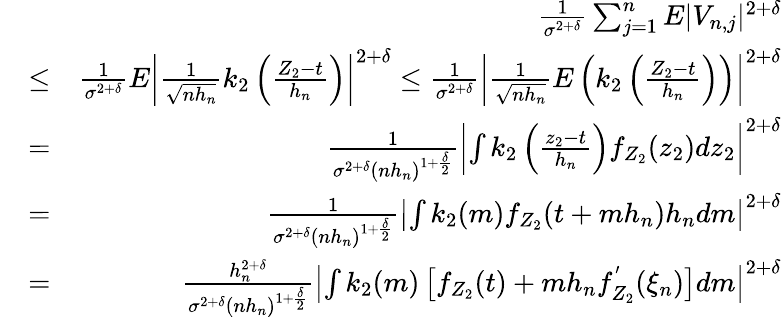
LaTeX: \begin{array}{rlr}&{}&{\frac{1}{\sigma^{2+\delta}}\sum_{j=1}^{n}E|V_{n,j}|^{2+\delta}}\\ &{\leq}&{\frac{1}{\sigma^{2+\delta}}E\left|\frac{1}{\sqrt{nh_{n}}}k_{2}\left(\frac{Z_{2}-t}{h_{n}}\right)\right|^{2+\delta}\leq\frac{1}{\sigma^{2+\delta}}\left|\frac{1}{\sqrt{nh_{n}}}E\left(k_{2}\left(\frac{Z_{2}-t}{h_{n}}\right)\right)\right|^{2+\delta}}\\ &{=}&{\frac{1}{\sigma^{2+\delta}(nh_{n})^{1+\frac{\delta}{2}}}\left|\int k_{2}\left(\frac{z_{2}-t}{h_{n}}\right)f_{Z_{2}}(z_{2})dz_{2}\right|^{2+\delta}}\\ &{=}&{\frac{1}{\sigma^{2+\delta}(nh_{n})^{1+\frac{\delta}{2}}}\left|\int k_{2}(m)f_{Z_{2}}(t+mh_{n})h_{n}dm\right|^{2+\delta}}\\ &{=}&{\frac{h_{n}^{2+\delta}}{\sigma^{2+\delta}(nh_{n})^{1+\frac{\delta}{2}}}\left|\int k_{2}(m)\left[f_{Z_{2}}(t)+mh_{n}f_{Z_{2}}^{'}(\xi_{n})\right]dm\right|^{2+\delta}}\end{array}